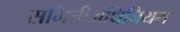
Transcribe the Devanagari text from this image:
समितीअधिनियम